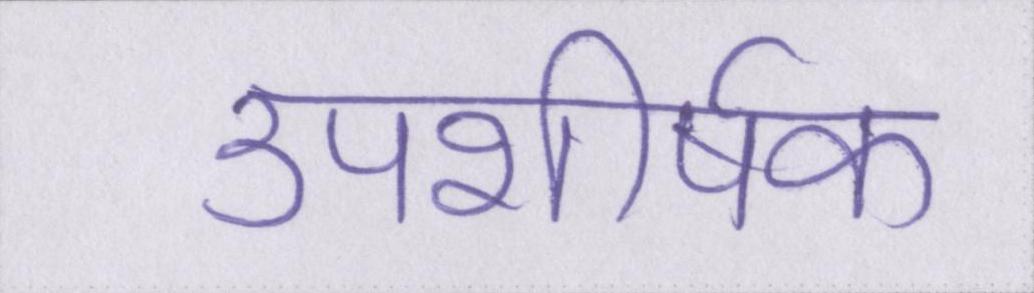
उपशीर्षक